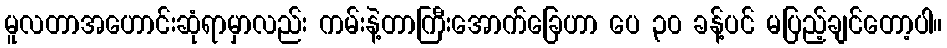
မူလတာအဟောင်းဆုံရာမှာလည်း ကမ်းနဲ့တာကြီးအောက်ခြေဟာ ပေ ၃၀ ခန့်ပင် မပြည့်ချင်တော့ပါ။